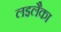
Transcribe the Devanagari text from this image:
लइलैका